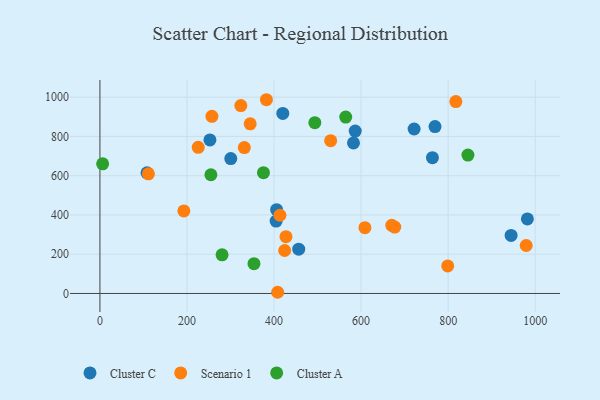
{"axis": {"x": "Speed", "y": "Rating"}, "legend": ["Cluster A", "Cluster C", "Scenario 1"], "data": [{"x": "582.5", "y": 766.7, "type": "Cluster C"}, {"x": "300.6", "y": 687.3, "type": "Cluster C"}, {"x": "108.2", "y": 614.7, "type": "Cluster C"}, {"x": "982.0", "y": 379.8, "type": "Cluster C"}, {"x": "456.7", "y": 225.7, "type": "Cluster C"}, {"x": "763.9", "y": 691.5, "type": "Cluster C"}, {"x": "769.8", "y": 850.3, "type": "Cluster C"}, {"x": "252.7", "y": 782.0, "type": "Cluster C"}, {"x": "404.8", "y": 368.6, "type": "Cluster C"}, {"x": "405.9", "y": 426.6, "type": "Cluster C"}, {"x": "944.6", "y": 295.9, "type": "Cluster C"}, {"x": "721.8", "y": 837.8, "type": "Cluster C"}, {"x": "420.1", "y": 916.9, "type": "Cluster C"}, {"x": "586.5", "y": 827.3, "type": "Cluster C"}, {"x": "111.4", "y": 609.2, "type": "Scenario 1"}, {"x": "424.4", "y": 218.9, "type": "Scenario 1"}, {"x": "979.3", "y": 244.4, "type": "Scenario 1"}, {"x": "608.8", "y": 335.1, "type": "Scenario 1"}, {"x": "670.5", "y": 346.9, "type": "Scenario 1"}, {"x": "382.5", "y": 986.9, "type": "Scenario 1"}, {"x": "817.7", "y": 977.6, "type": "Scenario 1"}, {"x": "413.5", "y": 398.5, "type": "Scenario 1"}, {"x": "408.3", "y": 6.1, "type": "Scenario 1"}, {"x": "677.3", "y": 338.4, "type": "Scenario 1"}, {"x": "799.0", "y": 140.3, "type": "Scenario 1"}, {"x": "345.2", "y": 864.2, "type": "Scenario 1"}, {"x": "331.7", "y": 743.2, "type": "Scenario 1"}, {"x": "530.1", "y": 778.2, "type": "Scenario 1"}, {"x": "427.4", "y": 289.4, "type": "Scenario 1"}, {"x": "257.3", "y": 902.3, "type": "Scenario 1"}, {"x": "225.8", "y": 744.5, "type": "Scenario 1"}, {"x": "192.8", "y": 420.5, "type": "Scenario 1"}, {"x": "323.7", "y": 957.2, "type": "Scenario 1"}, {"x": "254.9", "y": 604.8, "type": "Cluster A"}, {"x": "6.2", "y": 660.3, "type": "Cluster A"}, {"x": "353.9", "y": 152.0, "type": "Cluster A"}, {"x": "845.4", "y": 705.1, "type": "Cluster A"}, {"x": "375.7", "y": 615.3, "type": "Cluster A"}, {"x": "493.7", "y": 870.1, "type": "Cluster A"}, {"x": "280.6", "y": 196.7, "type": "Cluster A"}, {"x": "564.7", "y": 898.5, "type": "Cluster A"}]}